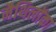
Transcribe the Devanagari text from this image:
मैथिलोंका